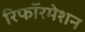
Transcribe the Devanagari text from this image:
रिफॉरमेशन